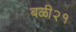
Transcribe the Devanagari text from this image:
बळी२१